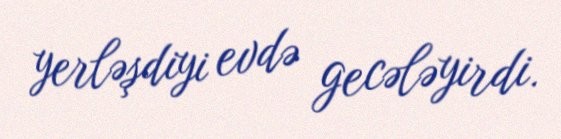
yerləşdiyi evdə gecələyirdi.